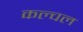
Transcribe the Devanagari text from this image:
कल्चल